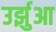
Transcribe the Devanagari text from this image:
उर्झुआ